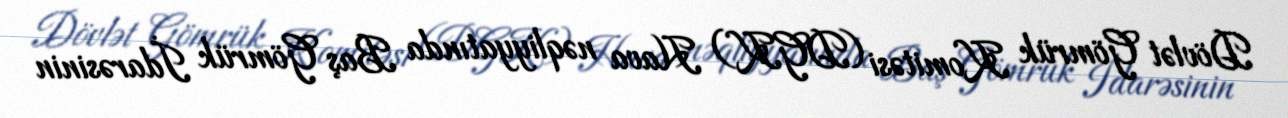
Dövlət Gömrük Komitəsi (DGK) Hava nəqliyyatında Baş Gömrük İdarəsinin